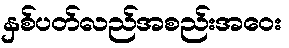
နှစ်ပတ်လည်အစည်းအဝေး